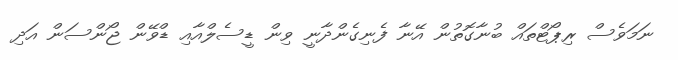
ނަމަވެސް ރިޕޯޓްތައް ބުނާގޮތުން އޭނާ ފެނިގެންދާނީ ވިން ޑީސެލްއާއި ޑްވޭން ޖޯންސަން އަދި